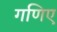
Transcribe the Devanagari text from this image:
गणिए